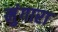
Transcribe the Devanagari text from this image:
मुंगारा